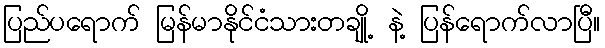
ပြည်ပရောက် မြန်မာနိုင်ငံသားတချို့ နဲ့ ပြန်ရောက်လာပြီ။